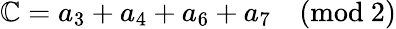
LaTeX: \mathbb{C}=a_{3}+a_{4}+a_{6}+a_{7}\quad\mathrm{{(mod\ 2)}}